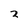
Character: 2